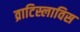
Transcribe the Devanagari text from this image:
व्राटिस्लाविस